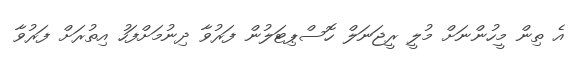
އެ ތިން މީހުންނަށް މުލީ ރީޖަނަލް ހޮސްޕިޓަލުން ފަރުވާ ދިނުމަށްފަހު އިތުރަށް ފަރުވާ